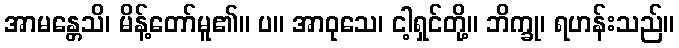
အာမန္တေသိ၊ မိန့်တော်မူ၏။ ပ။ အာဝုသေ၊ ငါ့ရှင်တို့။ ဘိက္ခု၊ ရဟန်းသည်။